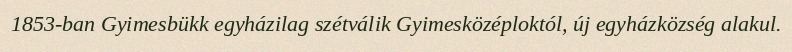
1853-ban Gyimesbükk egyházilag szétválik Gyimesközéploktól, új egyházközség alakul.